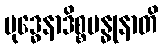
ဗုဒ္ဓေနာဒိစ္စဗန္ဓုနာတိ